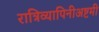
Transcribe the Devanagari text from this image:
रात्रिव्यापिनीअष्टमी